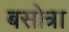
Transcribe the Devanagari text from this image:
बसोत्रा